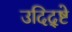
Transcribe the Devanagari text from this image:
उदिद्ष्टे